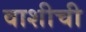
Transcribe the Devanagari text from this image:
वाशीची